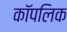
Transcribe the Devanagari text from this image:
कॉपलिक